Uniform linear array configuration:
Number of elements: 8
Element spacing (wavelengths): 0.5
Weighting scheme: uniform
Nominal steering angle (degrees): -30
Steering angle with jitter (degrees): -28.8
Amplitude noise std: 0.05
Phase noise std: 0.05

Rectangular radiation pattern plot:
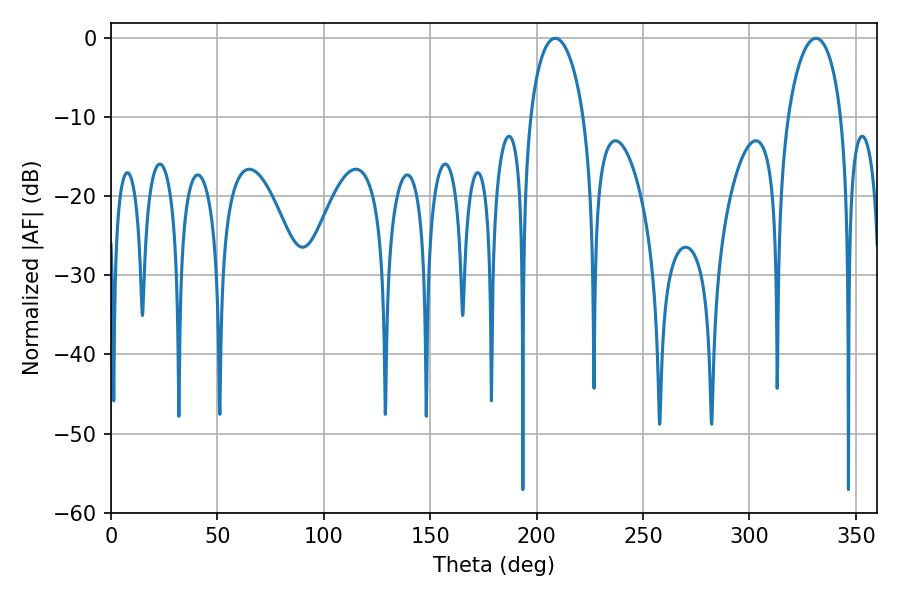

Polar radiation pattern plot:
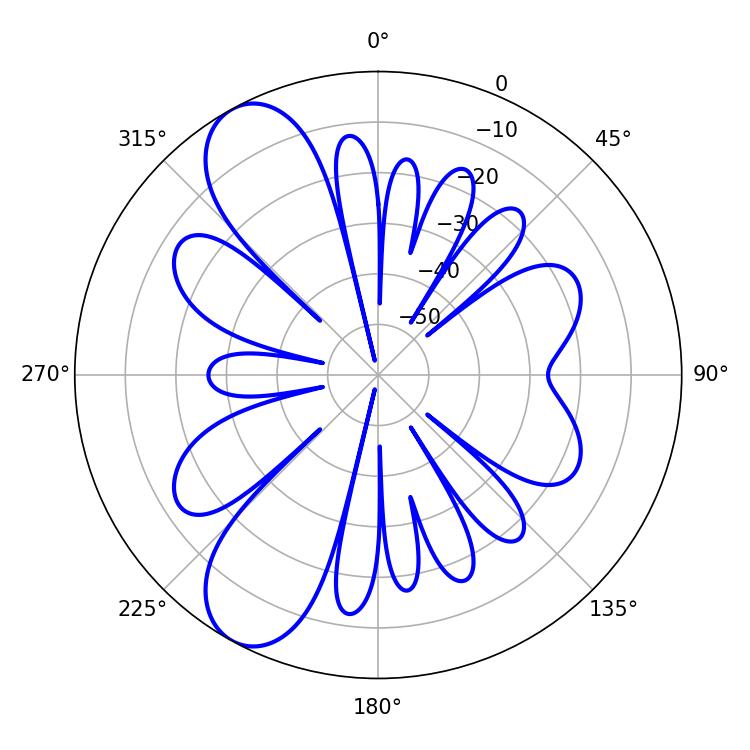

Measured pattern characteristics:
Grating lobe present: FALSE
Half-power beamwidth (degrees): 14.4
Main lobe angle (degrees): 208.8